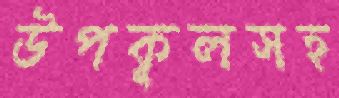
উপকূলসহ